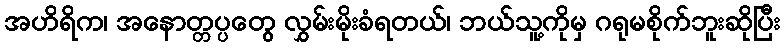
အဟိရိက၊ အနောတ္တပ္ပတွေ လွှမ်းမိုးခံရတယ်၊ ဘယ်သူ့ကိုမှ ဂရုမစိုက်ဘူးဆိုပြီး